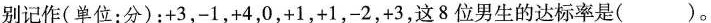
别记作(单位：分)：+3，-1，+4，0，+1，+1，-2，+3，这8位男生的达标率是()。